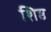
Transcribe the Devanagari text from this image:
शिष्ठ